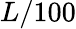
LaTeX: L/100